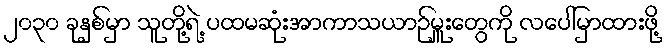
၂၀၃၀ ခုနှစ်မှာ သူတို့ရဲ့ ပထမဆုံးအာကာသယာဉ်မှူးတွေကို လပေါ်မှာထားဖို့